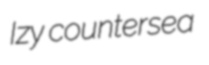
Izy countersea